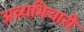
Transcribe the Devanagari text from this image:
अव्यभिचारी